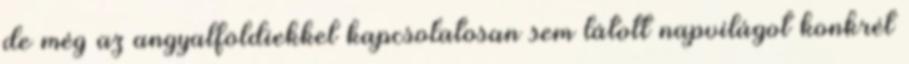
de még az angyalföldiekkel kapcsolatosan sem látott napvilágot konkrét